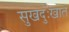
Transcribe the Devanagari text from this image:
सुखदुःखात